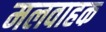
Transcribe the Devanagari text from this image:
मलवाहक